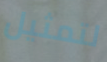
لتمثيل